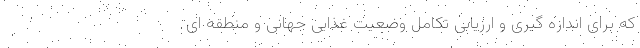
که برای اندازه گیری و ارزیابی تکامل وضعیت غذایی جهانی و منطقه ای